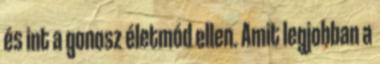
és int a gonosz életmód ellen. Amit legjobban a